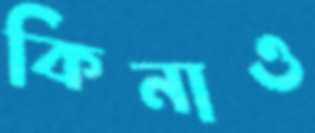
কিনাও